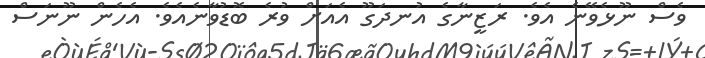
ވެސް ނޫޅެވޭނެ އެވެ. ރަޒީނާގެ އުނދަގޫ އެއަށް ވުރެ ބޮޑުވާނެއެވެ. އެހެން ނޫނަސް